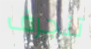
تنجرف